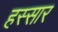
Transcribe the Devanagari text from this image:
हस्सार